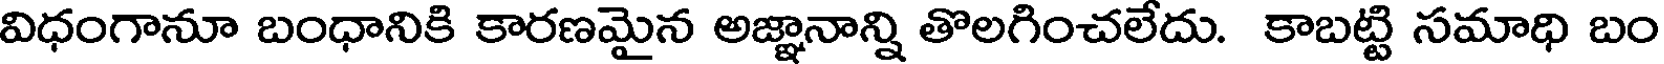
విధంగానూ బంధానికి కారణమైన అజ్ఞానాన్ని తొలగించలేదు. కాబట్టి సమాధి బం